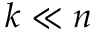
k \ll n